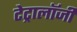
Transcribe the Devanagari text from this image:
टेट्रालॉजी